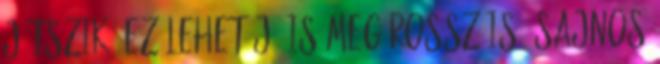
játszik. Ez lehet jó is meg rossz is. Sajnos